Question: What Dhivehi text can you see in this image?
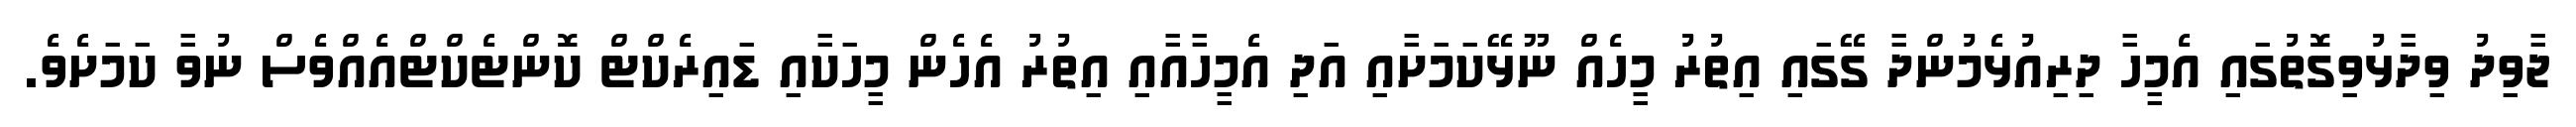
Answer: ޖާވިދު ވިދާޅުވިގޮތުގައި އެމީހާ ދިރިއުޅެމުންދާ ގޭގައި އިތުރު މީހެއް ނޫޅޭކަމަށާއި އަދި އެމީހާއާއި އިތުރު އެހެން މީހަކާއި ޑައިރެކްޓް ކޮންޓެކްޓްއެއްވެސް ނުވާ ކަމަށެވެ.